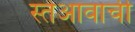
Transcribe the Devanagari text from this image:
स्तेआवाची